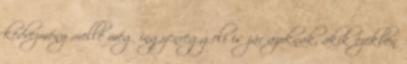
kedvezmény mellé még ingyenreggeli is jár azoknak, akik ezekben